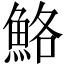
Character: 鮥